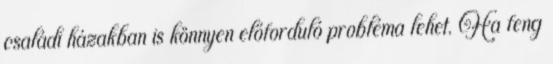
családi házakban is könnyen előforduló probléma lehet. Ha feng